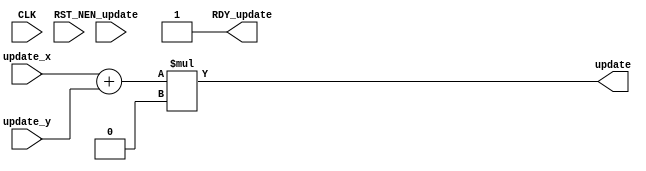
module mkMaths1(CLK,
		RST_N,

		update_x,
		update_y,
		EN_update,
		update,
		RDY_update);
  parameter [15 : 0] m_val = 16'b0;
  input  CLK;
  input  RST_N;

  // actionvalue method update
  input  [15 : 0] update_x;
  input  [15 : 0] update_y;
  input  EN_update;
  output [15 : 0] update;
  output RDY_update;

  // signals for module outputs
  wire [15 : 0] update;
  wire RDY_update;

  // remaining internal signals
  wire [31 : 0] update_x_PLUS_update_y_MUL_m_val___d2;

  // actionvalue method update
  assign update = update_x_PLUS_update_y_MUL_m_val___d2[15:0] ;
  assign RDY_update = 1'd1 ;

  // remaining internal signals
  assign update_x_PLUS_update_y_MUL_m_val___d2 =
	     (update_x + update_y) * m_val ;
endmodule